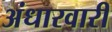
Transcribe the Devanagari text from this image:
अंधारवारी